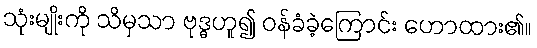
သုံးမျိုးကို သိမှသာ ဗုဒ္ဓဟူ၍ ဝန်ခံခဲ့ကြောင်း ဟောထား၏။